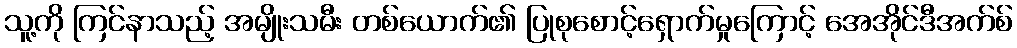
သူ့ကို ကြင်နာသည့် အမျိုးသမီး တစ်ယောက်၏ ပြုစုစောင့်ရှောက်မှုကြောင့် အေအိုင်ဒီအက်စ်